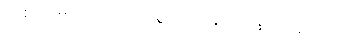
တစ် လမတိုင်ခင်က မွေးရပ်မြေကို ပြန်လာခဲ့တယ်။